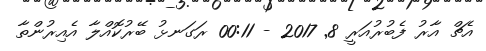
އެޗް އާރު ފެބުރުއަރީ 8